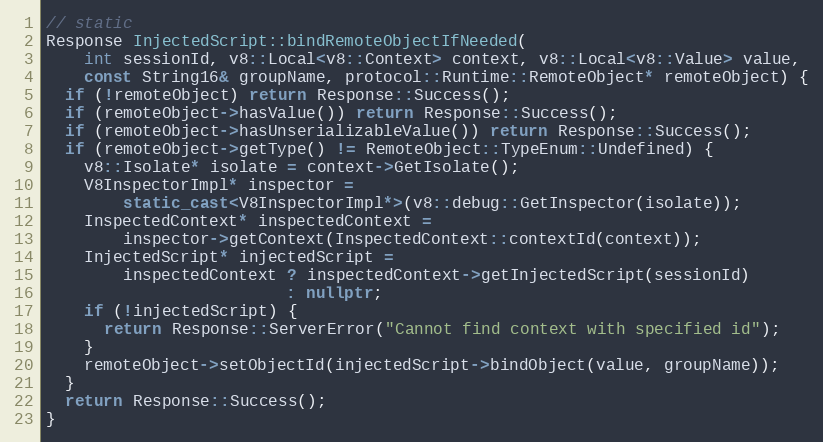
Language: C++
// static
Response InjectedScript::bindRemoteObjectIfNeeded(
    int sessionId, v8::Local<v8::Context> context, v8::Local<v8::Value> value,
    const String16& groupName, protocol::Runtime::RemoteObject* remoteObject) {
  if (!remoteObject) return Response::Success();
  if (remoteObject->hasValue()) return Response::Success();
  if (remoteObject->hasUnserializableValue()) return Response::Success();
  if (remoteObject->getType() != RemoteObject::TypeEnum::Undefined) {
    v8::Isolate* isolate = context->GetIsolate();
    V8InspectorImpl* inspector =
        static_cast<V8InspectorImpl*>(v8::debug::GetInspector(isolate));
    InspectedContext* inspectedContext =
        inspector->getContext(InspectedContext::contextId(context));
    InjectedScript* injectedScript =
        inspectedContext ? inspectedContext->getInjectedScript(sessionId)
                         : nullptr;
    if (!injectedScript) {
      return Response::ServerError("Cannot find context with specified id");
    }
    remoteObject->setObjectId(injectedScript->bindObject(value, groupName));
  }
  return Response::Success();
}